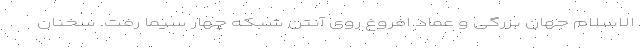
الاسلام جهان بزرگی و عماد افروغ روی آنتن شبکه چهار سیما رفت. سخنان